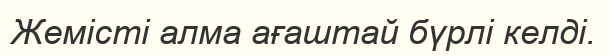
Жемісті алма ағаштай бүрлі келді.